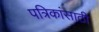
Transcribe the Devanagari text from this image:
पत्रिकांसाठी